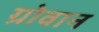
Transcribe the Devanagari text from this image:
ग्रोवान